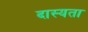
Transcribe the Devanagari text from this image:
दास्यता